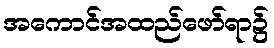
အကောင်အထည်ဖော်ရာ၌